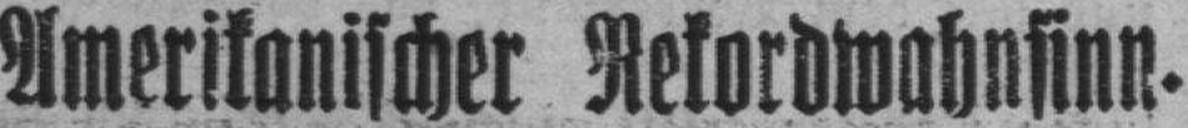
Amerikanischer Rekordwahnsinn.